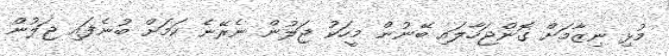
މުޅި ނިޒާމަށް ގޮންޖަހާލައި ބޭނުން މީހަކު ޖަލުން ނެރޭނެ ކަމަށް ބުނެފައި ޖަލުން